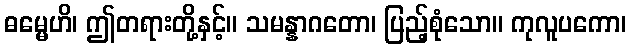
ဓမ္မေဟိ၊ ဤတရားတို့နှင့်။ သမန္နာဂတော၊ ပြည့်စုံသော။ ကုလူပကော၊